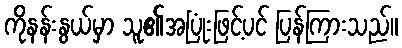
ကိုနန်းနွယ်မှာ သူ၏အပြုံးဖြင့်ပင် ပြန်ကြားသည်။